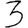
Digit: 3